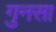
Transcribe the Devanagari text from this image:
गुनसा